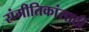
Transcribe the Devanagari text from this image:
संगीतिकांसाठी